Annual report of the Punjab Veterinary College and of the Civil Veterinary Department, Punjab - 1920-1925
Year: 1920
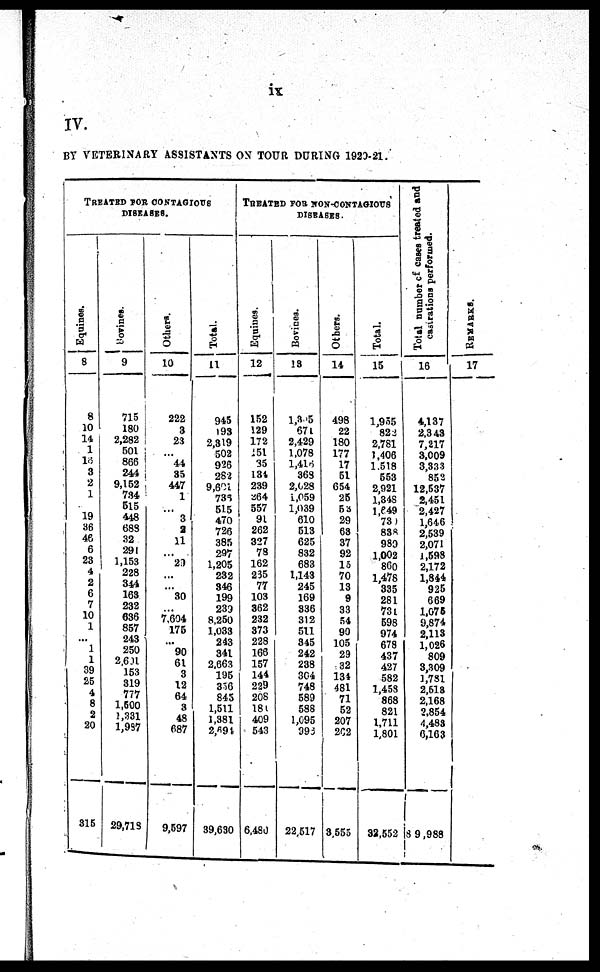
ix
IV.
BY VETERINARY ASSISTANTS ON TOUR DURING 1920-21.
TREATED FOR CONTAGIOUS
DISEASES.
Equines.
8
8
10
14
1
15
3
2
1
19
36
46
6
23
4
2
6
7
10
1
...
1
1
39
25 4
8
2
20
315
Bovines.
9
715
180
2,282
501
866
244
9,152
734
515
448
688
32
291
1,153
228
344
163
232
636
857
243
250
2,601
153
319
777
1,500
1,331
1,987
29,718
Others.
10
222
3
23
...
44
35
447
1
...
3
2
11
...
29
...
...
30
...
7,604
175
...
90
61
3
12
64
3
48
687
9,597
Total.
11
945
193
2,319
502
926
282
9,601
736
515
470
726
385
297
1,205
232
346
199
239
8,250
1,033
243
341
2,663
195
356
845
1,511
1,381
2,694
39,630
TREATED FOR NON-CONTAGIOUS
DISEASES.
Equines.
12
152
129
172
451
35
134
239
264
557
91
262
327
78
162
235
77
103
362
232
373
228
166
157
144
229
208
180
409
543
6,480
Bovines.
13
1,305
674
2,429
1,078
l,416
368
2,628
1,059
1,039
610
513
625
832
683
1,143
245
169
336
312
511
345
242
238
304
748
589
588
1,095
896
22,517
Others.
14
498
22
180
177
17
51
654
25
53
29
63
37
92
15
70
13
9
33
54
90
105
29
32
134
481
71
52
207
202
3,555
Total.
15
1,955
822
2,781
1,406
1,518
553
2,921
1,348
1,649
730
838
989
1,002
860
1,478
335
281
731
598
974
678
437
427
582
1,458
868
821
1,711
1,801
32,552
Total number of cases treated and
castrations performed.
16
4,137
2,343
7,217
3,009
3,333
852
12,537
2,451
2,427
1,646
2,539
2,071
1,598
2,172
1,844
925
669
1,075
9,874
2,113
1,026
809
3,309
1,781
2,518
2,168
2,854
4,483
6,163
89,988
REMARKS.
17